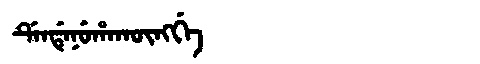
Manchu: ᡩᡝᠨᡩᡝᠨᡠᡥᠠᡴᡡᠩᡤᡝ
Romanization: DENDENUHAKŪNGGE